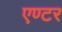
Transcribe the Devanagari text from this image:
एण्टर